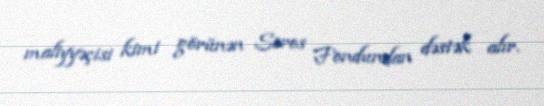
maliyyəçisi kimi görünən Soros Fondundan dəstək alır.